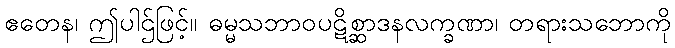
ဧတေန၊ ဤပါဌ်ဖြင့်။ ဓမ္မသဘာဝပဋိစ္ဆာဒနလက္ခဏာ၊ တရားသဘောကို